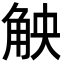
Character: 𮗪